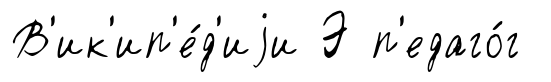
В'ик'ип'е́д'иjи Э п'едаго́г